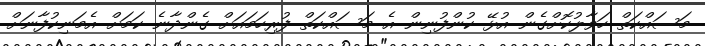
މަސައްކަތް ހަވާލުކޮށްގެން އުޅޭ ކުންފުނިން އެ މަސައްކަތް ފުރިހަމައަށް ގެންދާނެ ކަމަށް އެމަނިކުފާނަށް